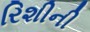
રિશીની